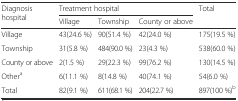
| <ROWSPAN=2> Diagnosis hospital | <COLSPAN=3> Treatment hospital | <ROWSPAN=2> Total |
 | Village | Township | County or above |
 | --- | --- | --- | --- | --- |
 | Village | 43(24.6 %) | 90(51.4 %) | 42(24.0 %) | 175(19.5 %) |
 | Township | 31(5.8 %) | 484(90.0 %) | 23(4.3 %) | 538(60.0 %) |
 | County or above | 2(1.5 %) | 29(22.3 %) | 99(76.2 %) | 130(14.5 %) |
 | Othera | 6(11.1 %) | 8(14.8 %) | 40(74.1 %) | 54(6.0 %) |
 | Total | 82(9.1 %) | 611(68.1 %) | 204(22.7 %) | 897(100 %)b |